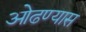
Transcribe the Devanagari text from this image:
ओढण्यास